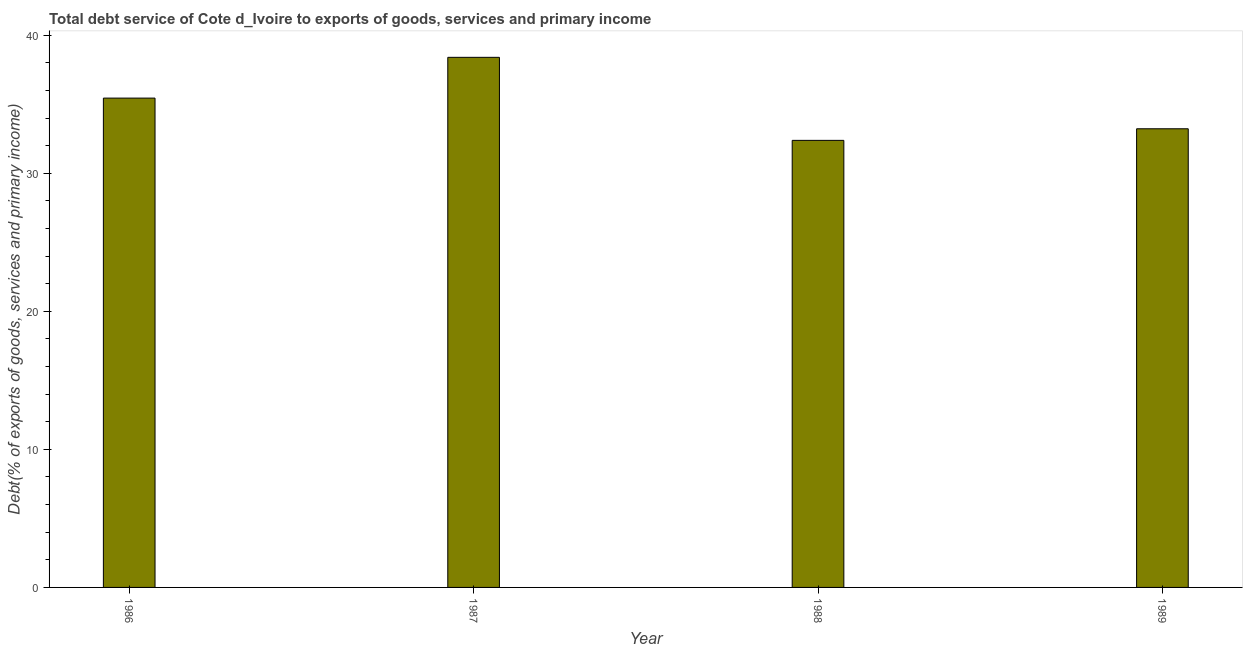
| Year | Total debt service |
 | --- | --- |
 | 1986 | 35.4 |
 | 1987 | 38.4 |
 | 1988 | 32.4 |
 | 1989 | 33.2 |